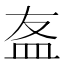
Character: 𥁊